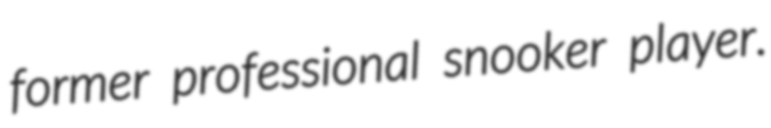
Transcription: former professional snooker player.